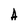
Character: A